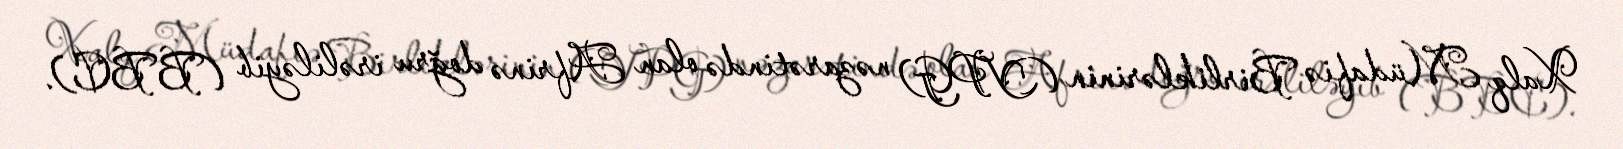
Xalq Müdafiə Birliklərinin (YPG) nəzarətində olan Afrinə doğru irəliləyib (BBC).